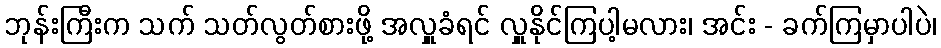
ဘုန်းကြီးက သက် သတ်လွတ်စားဖို့ အလှူခံရင် လှူနိုင်ကြပါ့မလား၊ အင်း - ခက်ကြမှာပါပဲ၊